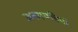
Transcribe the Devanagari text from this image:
जनमपत्रियों